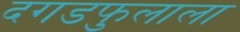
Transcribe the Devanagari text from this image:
दगडफुलाला